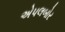
એપલબોર